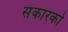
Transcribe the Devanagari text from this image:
संकारको